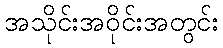
အသိုင်းအဝိုင်းအတွင်း